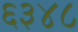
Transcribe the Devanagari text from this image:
६३४८